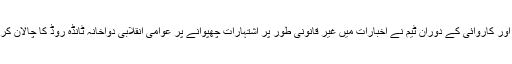
ایک اور کاروائی کے دوران ٹیم نے اخبارات میں غیر قانونی طور پر اشتہارات چھپوانے پر عوامی انقلابی دواخانہ ٹانڈہ روڈ کا چالان کر دیا ۔